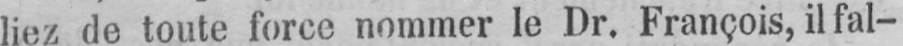
liez de toute force nommer le Dr. François, il fal-